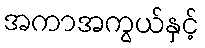
အကာအကွယ်နှင့်